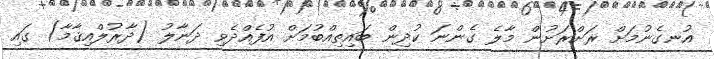
އުނގެނުމަށް ރަށްރަށުން މާލެ ގެންނަ ކުދިން ބައިތިއްބުމަށް އުފެއްދެވި ދަނާލު (ދާރުލްއިޤާމާ) ގައި